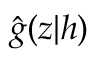
\hat { g } ( z | h )